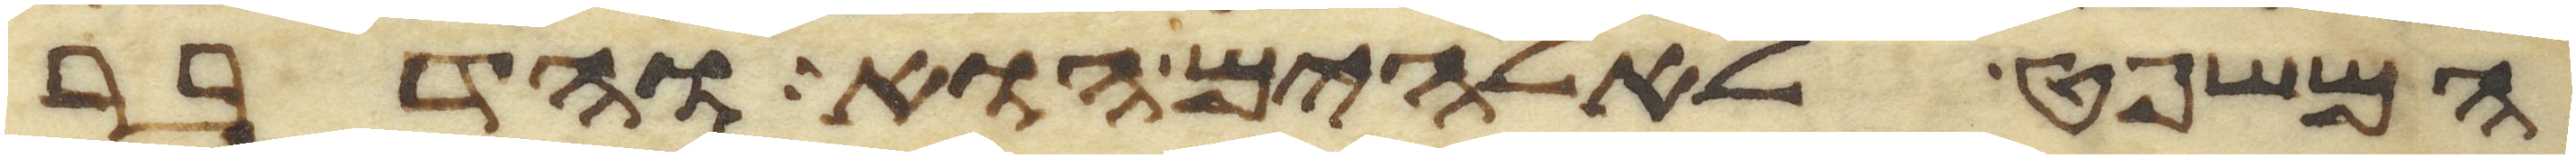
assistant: המשפט לאלהים הוא והדבר